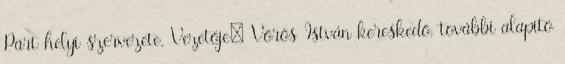
Párt helyi szervezete. Vezetője: Vörös István kereskedő, további alapító